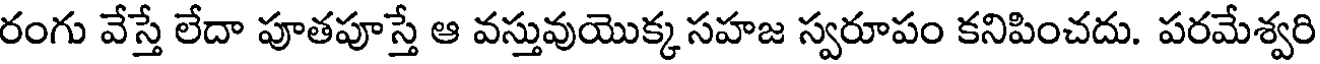
రంగు వేస్తే లేదా పూతపూస్తే ఆ వస్తువుయొక్క సహజ స్వరూపం కనిపించదు. పరమేశ్వరి